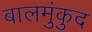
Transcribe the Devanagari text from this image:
बालमुंकुद